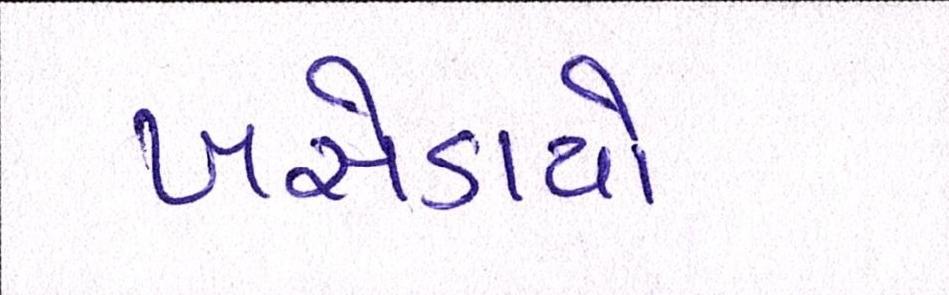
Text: ખસેડાયો